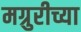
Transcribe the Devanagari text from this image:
मग्रुरीच्या